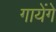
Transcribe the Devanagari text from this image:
गायेंगे